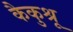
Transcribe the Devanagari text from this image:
कैकुश्रू